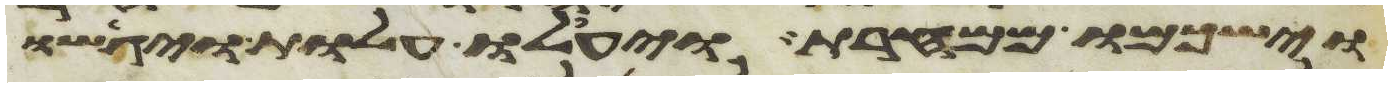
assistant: וישכמו ממחרת ויעלו עלות ויגישו